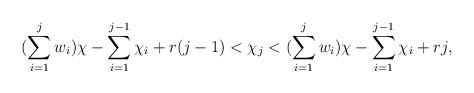
LaTeX: \begin{align*}(\sum\limits_{i=1}^j w_i)\chi - \sum\limits_{i=1}^{j-1}\chi_i + r(j-1) < \chi_j < (\sum\limits_{i=1}^j w_i)\chi - \sum\limits_{i=1}^{j-1}\chi_i + rj,\end{align*}